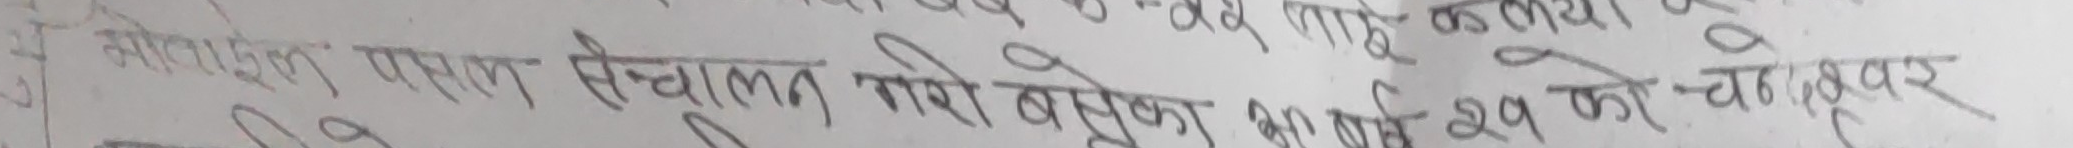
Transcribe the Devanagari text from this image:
गोतामेल प्रसाल सञ्चालन गरी बसेका ४० वर्ष २१ को चाखपुर